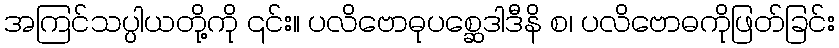
အကြင်သပ္ပါယတို့ကို ၎င်း။ ပလိဗောဓုပစ္ဆေဒါဒီနိ စ၊ ပလိဗောဓကိုဖြတ်ခြင်း